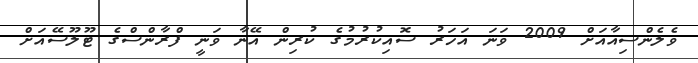
ވެލެންސިއާއަށް 2009 ވަނަ އަހަރު ސޮއިކުރުމުގެ ކުރިން އޭނާ ވަނީ ފްރާންސްގެ ޓޫލޫސޭއަށް